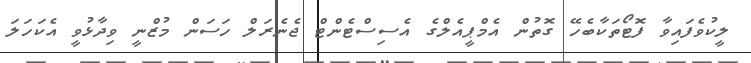
ލީކުވެފައިވާ ފޮޓޯތަކާބެހޭ ގޮތުން އެމްޕީއެލްގެ އެސިސްޓެންޓް ޖެނެރަލް ހަސަން މުޒްނީ ވިދާޅުވީ އެކަހަލަ